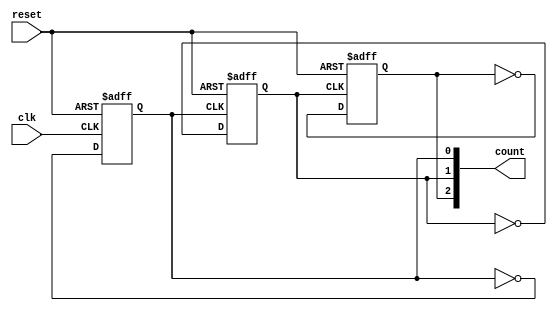
module async_counter (
    input wire clk,          // Clock input
    input wire reset,        // Asynchronous reset
    output reg [2:0] count   // 3-bit binary output
);

    // Always block for the first flip-flop
    always @(posedge clk or posedge reset) begin
        if (reset) begin
            count[0] <= 1'b0; // Reset the first flip-flop
        end else begin
            count[0] <= ~count[0]; // Toggle the first flip-flop
        end
    end

    // Always block for the second flip-flop
    always @(posedge count[0] or posedge reset) begin
        if (reset) begin
            count[1] <= 1'b0; // Reset the second flip-flop
        end else begin
            count[1] <= ~count[1]; // Toggle the second flip-flop
        end
    end

    // Always block for the third flip-flop
    always @(posedge count[1] or posedge reset) begin
        if (reset) begin
            count[2] <= 1'b0; // Reset the third flip-flop
        end else begin
            count[2] <= ~count[2]; // Toggle the third flip-flop
        end
    end

endmodule